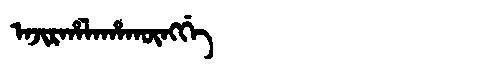
Manchu: ᠠᠵᡳᡵᡥᠠᠯᠠᡥᠠᡴᡡᠩᡤᡝ
Romanization: AJIRHALAHAKŪNGGE